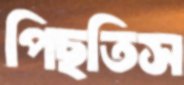
পিছতিস